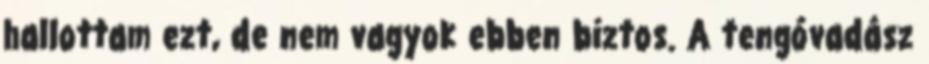
hallottam ezt, de nem vagyok ebben biztos. A tengóvadász